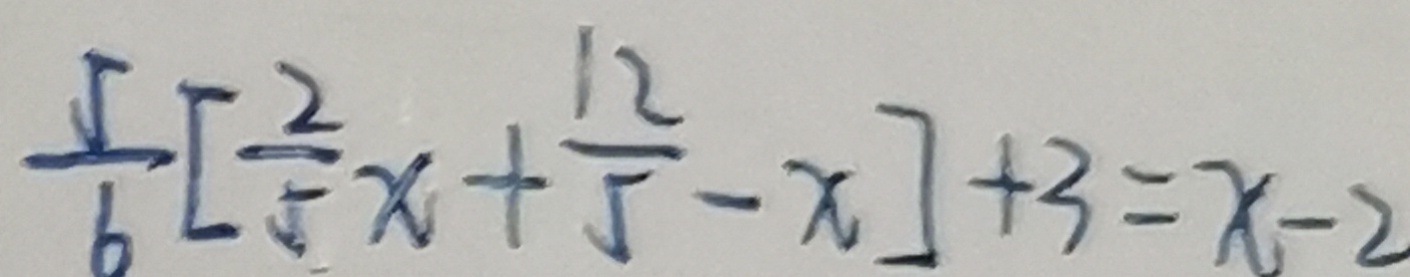
\frac { 5 } { 6 } [ \frac { 2 } { 5 } x + \frac { 1 2 } { 5 } - x ] + 3 = x - 2